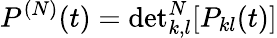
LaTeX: P^{(N)}(t)=\mathrm{det}_{k,l}^{N}[P_{kl}(t)]